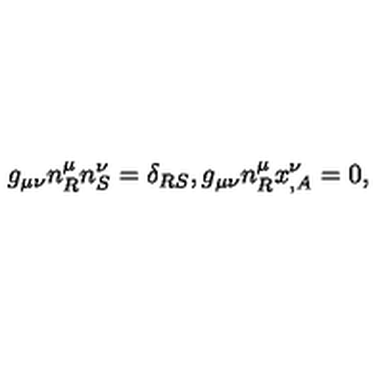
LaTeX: g _ { \mu \nu } n _ { R } ^ { \mu } n _ { S } ^ { \nu } = \delta _ { R S } , g _ { \mu \nu } n _ { R } ^ { \mu } x _ { , A } ^ { \nu } = 0 ,